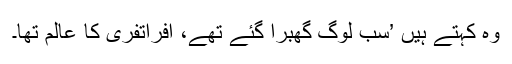
وہ کہتے ہیں ’سب لوگ گھبرا گئے تھے، افراتفری کا عالم تھا۔